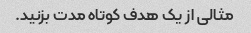
مثالی از یک هدف کوتاه مدت بزنید.